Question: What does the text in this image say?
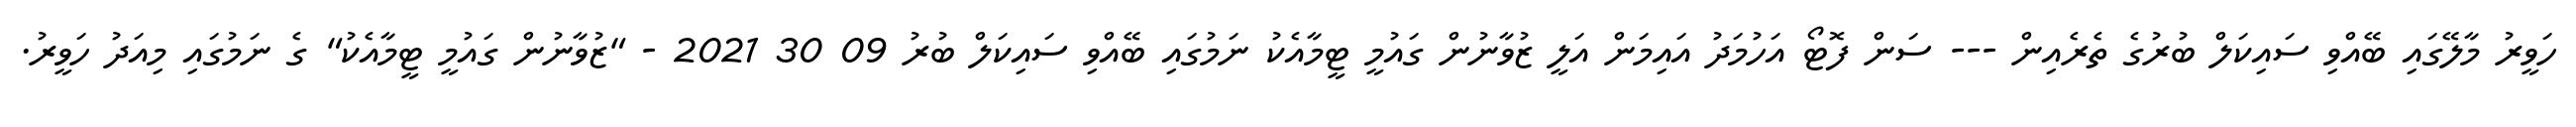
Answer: ހަވީރު މާލޭގައި ބޭއްވި ސައިކަލް ބުރުގެ ތެރެއިން --- ސަން ފޮޓޯ އަހުމަދު އައިމަން އަލީ ޒުވާނުން ގައުމީ ޓީމާއެކު ނަމުގައި ބޭއްވި ސައިކަލް ބުރު 09 30 2021 - "ޒުވާނުން ގައުމީ ޓީމާއެކު" ގެ ނަމުގައި މިއަދު ހަވީރު.